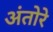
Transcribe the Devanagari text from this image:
अंतोरे